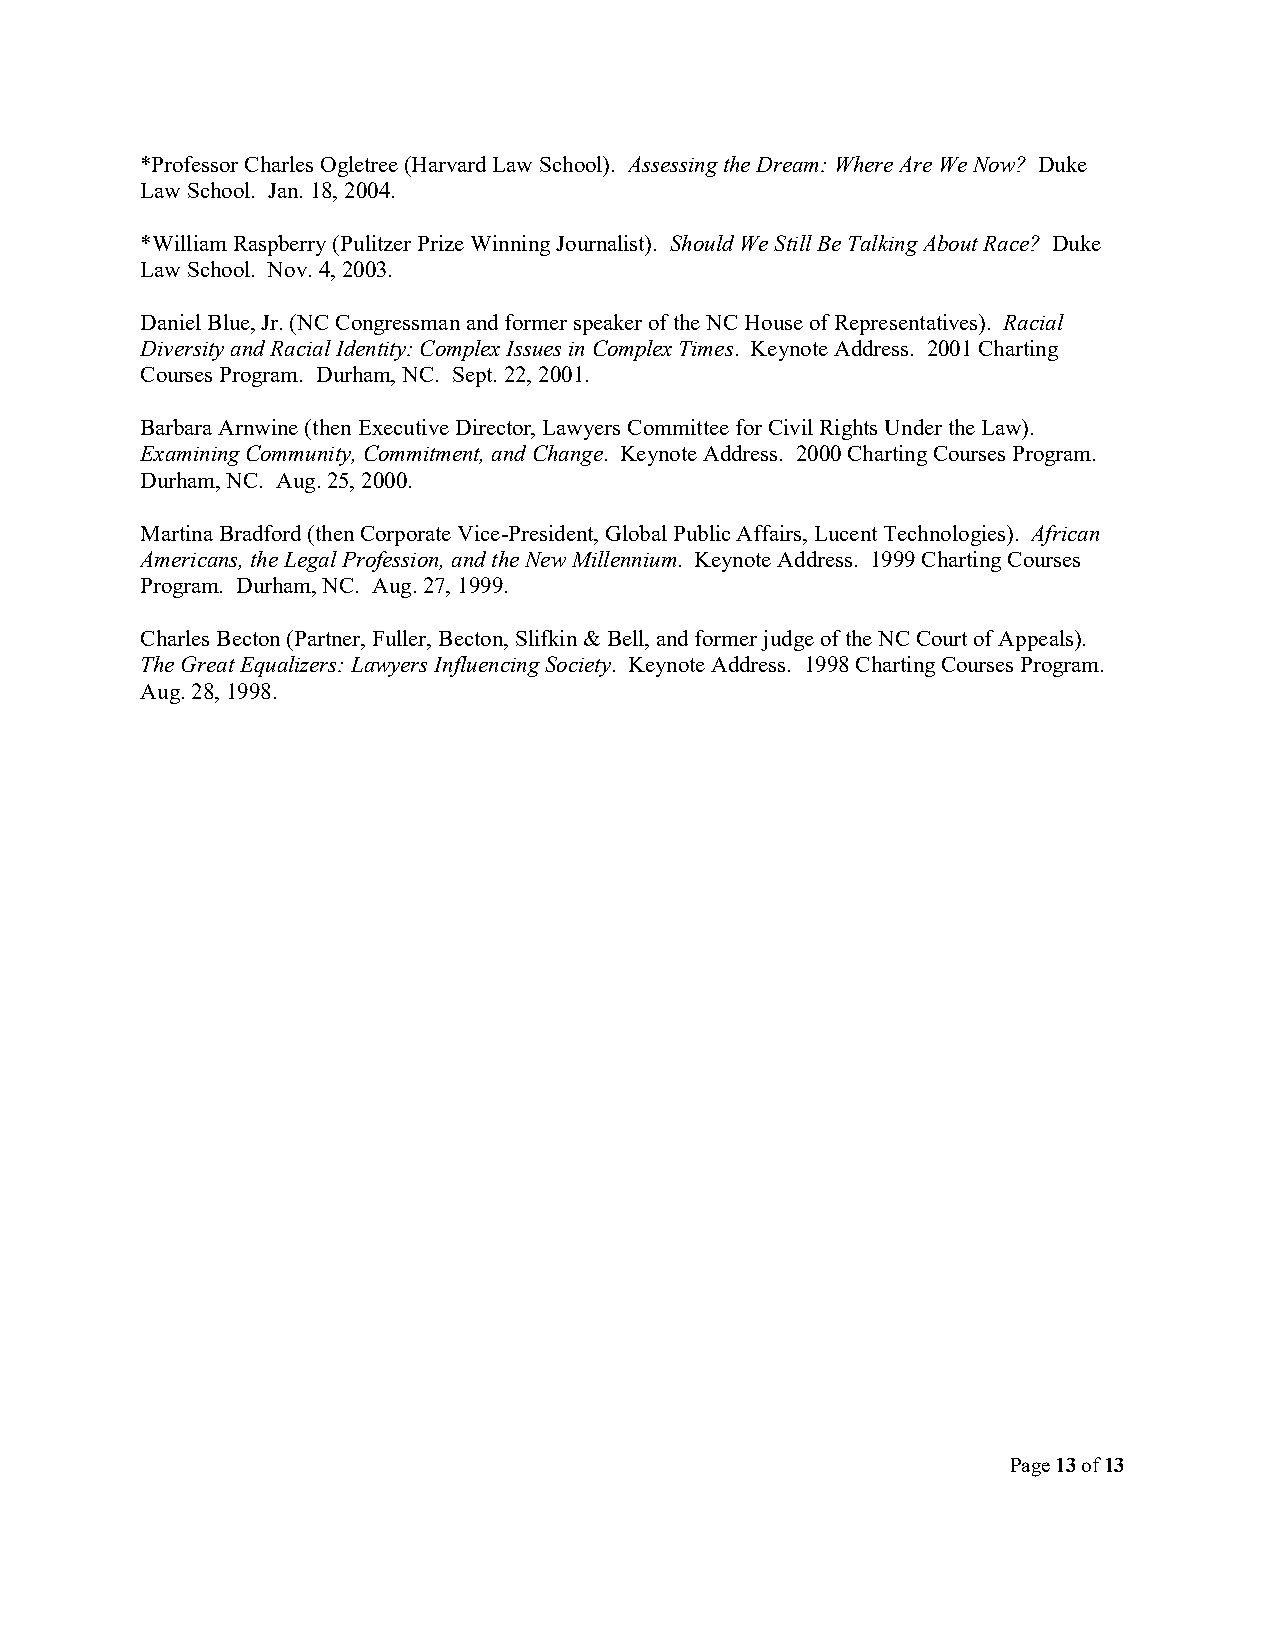
*Professor Charles Ogletree (Harvard Law School). Assessing the Dream: Where Are We Now? Duke
 Law School. Jan. 18, 2004.
 *William Raspberry (Pulitzer Prize Winning Journalist). Should We Still Be Talking About Race? Duke
 Law School. Nov. 4, 2003.
 Daniel Blue, Jr. (NC Congressman and former speaker of the NC House of Representatives). Racial
 Diversity and Racial Identity: Complex Issues in Complex Times. Keynote Address. 2001 Charting
 Courses Program. Durham, NC. Sept. 22, 2001.
 Barbara Arnwine (then Executive Director, Lawyers Committee for Civil Rights Under the Law).
 Examining Community, Commitment, and Change. Keynote Address. 2000 Charting Courses Program.
 Durham, NC. Aug. 25, 2000.
 Martina Bradford (then Corporate Vice-President, Global Public Affairs, Lucent Technologies). African
 Americans, the Legal Profession, and the New Millennium. Keynote Address. 1999 Charting Courses
 Program. Durham, NC. Aug. 27, 1999.
 Charles Becton (Partner, Fuller, Becton, Slifkin & Bell, and former judge of the NC Court of Appeals).
 The Great Equalizers: Lawyers Influencing Society. Keynote Address. 1998 Charting Courses Program.
 Aug. 28, 1998.
 Page 13 of 13